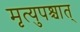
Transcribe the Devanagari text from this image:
मृत्युपश्चात्